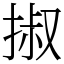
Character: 掓